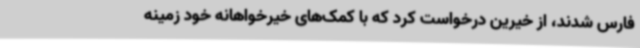
فارس شدند، از خیرین درخواست کرد که با کمک‌های خیرخواهانه خود زمینه